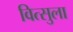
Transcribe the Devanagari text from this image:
वित्सुला